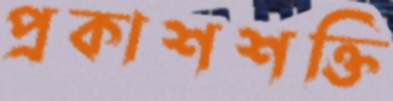
প্রকাশশক্তি